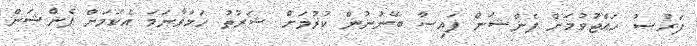
ފަރުޟު ހައްޖުވުމަށް ޕެންޝަން ފައިސާ ބޭނުނުން ކުރުމަށް ޝަރުތު ހަމަވާނަމަ އެކަމަށް ޕެންޝަން